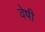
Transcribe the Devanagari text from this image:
वेषी